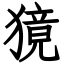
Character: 獍